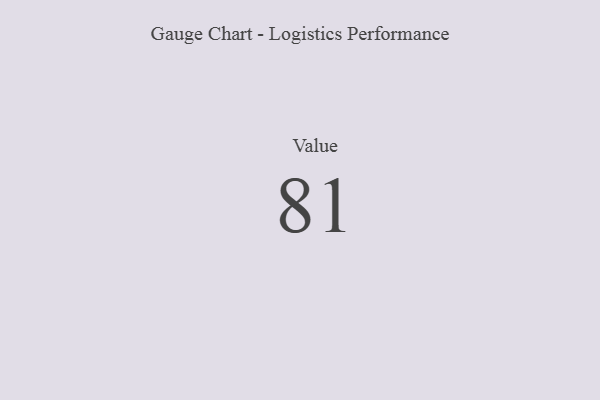
{"axis": {"x": "Metric", "y": "Value"}, "legend": [""], "data": [{"x": "Value", "y": 81, "type": ""}]}